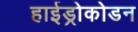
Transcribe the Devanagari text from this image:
हाईड्रोकोडन